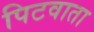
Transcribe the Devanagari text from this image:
पिटवाता